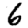
Digit: 6